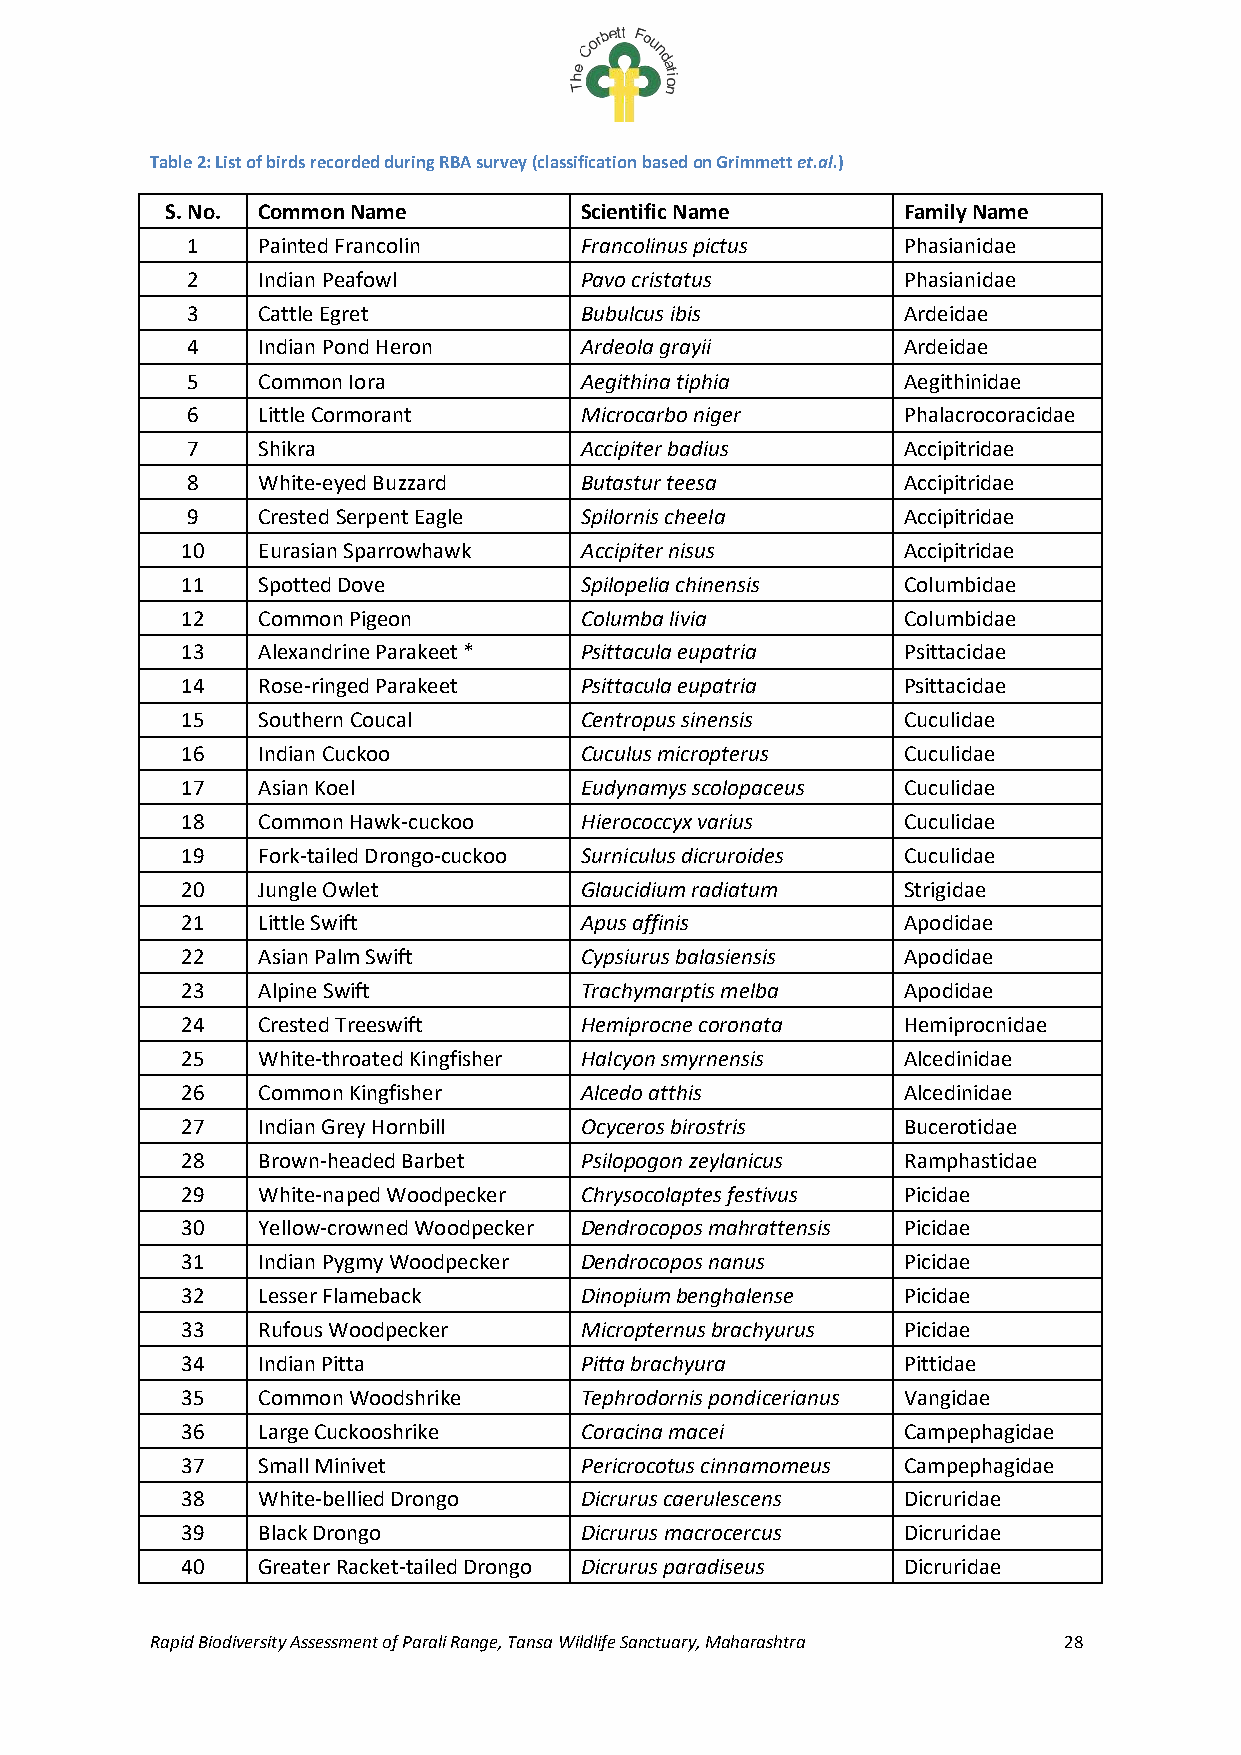
Table 2: List of birds recorded during RBA survey (classification based on Grimmett et.al.)
 S. No. Common Name         Scientific Name       Family Name
 1    Painted Francolin    Francolinus pictus    Phasianidae
 2    Indian Peafowl       Pavo cristatus        Phasianidae
 3    Cattle Egret         Bubulcus ibis         Ardeidae
 4    Indian Pond Heron    Ardeola grayii        Ardeidae
 5    Common Iora          Aegithina tiphia      Aegithinidae
 6    Little Cormorant     Microcarbo niger      Phalacrocoracidae
 7    Shikra               Accipiter badius      Accipitridae
 8    White-eyed Buzzard   Butastur teesa        Accipitridae
 9    Crested Serpent Eagle Spilornis cheela     Accipitridae
 10   Eurasian Sparrowhawk Accipiter nisus       Accipitridae
 11   Spotted Dove         Spilopelia chinensis  Columbidae
 12   Common Pigeon        Columba livia         Columbidae
 13   Alexandrine Parakeet * Psittacula eupatria Psittacidae
 14   Rose-ringed Parakeet Psittacula eupatria   Psittacidae
 15   Southern Coucal      Centropus sinensis    Cuculidae
 16   Indian Cuckoo        Cuculus micropterus   Cuculidae
 17   Asian Koel           Eudynamys scolopaceus Cuculidae
 18   Common Hawk-cuckoo   Hierococcyx varius    Cuculidae
 19   Fork-tailed Drongo-cuckoo Surniculus dicruroides Cuculidae
 20   Jungle Owlet         Glaucidium radiatum   Strigidae
 21   Little Swift         Apus affinis          Apodidae
 22   Asian Palm Swift     Cypsiurus balasiensis Apodidae
 23   Alpine Swift         Trachymarptis melba   Apodidae
 24   Crested Treeswift    Hemiprocne coronata   Hemiprocnidae
 25   White-throated Kingfisher Halcyon smyrnensis Alcedinidae
 26   Common Kingfisher    Alcedo atthis         Alcedinidae
 27   Indian Grey Hornbill Ocyceros birostris    Bucerotidae
 28   Brown-headed Barbet  Psilopogon zeylanicus Ramphastidae
 29   White-naped Woodpecker Chrysocolaptes festivus Picidae
 30   Yellow-crowned Woodpecker Dendrocopos mahrattensis Picidae
 31   Indian Pygmy Woodpecker Dendrocopos nanus  Picidae
 32   Lesser Flameback     Dinopium benghalense  Picidae
 33   Rufous Woodpecker    Micropternus brachyurus Picidae
 34   Indian Pitta         Pitta brachyura       Pittidae
 35   Common Woodshrike    Tephrodornis pondicerianus Vangidae
 36   Large Cuckooshrike   Coracina macei        Campephagidae
 37   Small Minivet        Pericrocotus cinnamomeus Campephagidae
 38   White-bellied Drongo Dicrurus caerulescens Dicruridae
 39   Black Drongo         Dicrurus macrocercus  Dicruridae
 40   Greater Racket-tailed Drongo Dicrurus paradiseus Dicruridae
 Rapid Biodiversity Assessment of Parali Range, Tansa Wildlife Sanctuary, Maharashtra 28